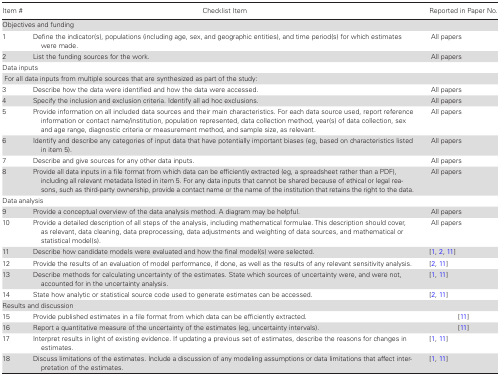
<table><thead><tr><td><b>Item #</b></td><td><b>Checklist Item</b></td><td><b>Reported in Paper No.</b></td></tr></thead><tbody><tr><td colspan="3">Objectives and funding</td></tr><tr><td>1</td><td>Define the indicator(s), populations (including age, sex, and geographic entities), and time period(s) for which estimates were made.</td><td> All papers</td></tr><tr><td>2</td><td>List the funding sources for the work.</td><td> All papers</td></tr><tr><td colspan="3">Data inputs</td></tr><tr><td colspan="3"> For all data inputs from multiple sources that are synthesized as part of the study:</td></tr><tr><td>3</td><td>Describe how the data were identified and how the data were accessed.</td><td> All papers</td></tr><tr><td>4</td><td>Specify the inclusion and exclusion criteria. Identify all ad hoc exclusions.</td><td> All papers</td></tr><tr><td>5</td><td>Provide information on all included data sources and their main characteristics. For each data source used, report reference information or contact name/institution, population represented, data collection method, year(s) of data collection, sex and age range, diagnostic criteria or measurement method, and sample size, as relevant.</td><td> All papers</td></tr><tr><td>6</td><td>Identify and describe any categories of input data that have potentially important biases (eg, based on characteristics listed in item 5).</td><td> All papers</td></tr><tr><td>7</td><td>Describe and give sources for any other data inputs.</td><td> All papers</td></tr><tr><td>8</td><td>Provide all data inputs in a file format from which data can be efficiently extracted (eg, a spreadsheet rather than a PDF), including all relevant metadata listed in item 5. For any data inputs that cannot be shared because of ethical or legal reasons, such as third-party ownership, provide a contact name or the name of the institution that retains the right to the data.</td><td> All papers</td></tr><tr><td colspan="3">Data analysis</td></tr><tr><td>9</td><td>Provide a conceptual overview of the data analysis method. A diagram may be helpful.</td><td> All papers</td></tr><tr><td>10</td><td>Provide a detailed description of all steps of the analysis, including mathematical formulae. This description should cover, as relevant, data cleaning, data preprocessing, data adjustments and weighting of data sources, and mathematical or statistical model(s).</td><td> All papers</td></tr><tr><td>11</td><td>Describe how candidate models were evaluated and how the final model(s) were selected.</td><td>[1, 2, 11]</td></tr><tr><td>12</td><td>Provide the results of an evaluation of model performance, if done, as well as the results of any relevant sensitivity analysis.</td><td>[2, 11]</td></tr><tr><td>13</td><td>Describe methods for calculating uncertainty of the estimates. State which sources of uncertainty were, and were not, accounted for in the uncertainty analysis.</td><td>[1, 11]</td></tr><tr><td>14</td><td>State how analytic or statistical source code used to generate estimates can be accessed.</td><td>[2, 11]</td></tr><tr><td colspan="3">Results and discussion</td></tr><tr><td>15</td><td>Provide published estimates in a file format from which data can be efficiently extracted.</td><td>[11]</td></tr><tr><td>16</td><td>Report a quantitative measure of the uncertainty of the estimates (eg, uncertainty intervals).</td><td>[11]</td></tr><tr><td>17</td><td>Interpret results in light of existing evidence. If updating a previous set of estimates, describe the reasons for changes in estimates.</td><td>[1, 11]</td></tr><tr><td>18</td><td>Discuss limitations of the estimates. Include a discussion of any modeling assumptions or data limitations that affect interpretation of the estimates.</td><td>[1, 11]</td></tr></tbody></table>